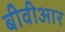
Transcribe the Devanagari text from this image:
बीवीआर